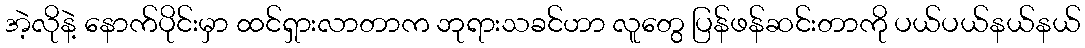
အဲ့လိုနဲ့ နောက်ပိုင်းမှာ ထင်ရှားလာတာက ဘုရားသခင်ဟာ လူတွေ ပြန်ဖန်ဆင်းတာကို ပယ်ပယ်နယ်နယ်